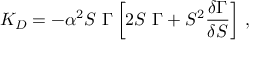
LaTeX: K _ { D } = - \alpha ^ { 2 } S \ \Gamma \left[ 2 S \ \Gamma + S ^ { 2 } \frac { \delta \Gamma } { \delta S } \right] \, ,